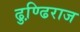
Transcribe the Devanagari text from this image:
ढुण्ढि़राज